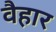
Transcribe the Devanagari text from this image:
वैहार